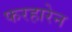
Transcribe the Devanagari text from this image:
फरहारेन